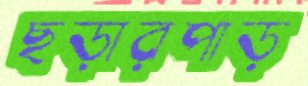
ছড়ারপাড়